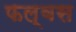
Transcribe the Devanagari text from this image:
फल्वस